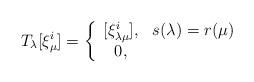
LaTeX: \begin{align*}T_\lambda [\xi^i_\mu] = \left\{ \begin{array}{cl}[\xi^i_{\lambda \mu}], & s(\lambda) = r(\mu) \\0, & \end{array} \right. \end{align*}